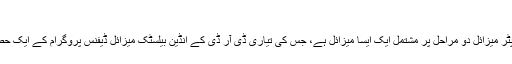
‘‘
ڈی پی اے کے مطابق یہ نیا انٹرسیپٹر میزائل دو مراحل پر مشتمل ایک ایسا میزائل ہے، جس کی تیاری ڈی آر ڈی کے انڈین بیلسٹک میزائل ڈیفنس پروگرام کے ایک حصے کے طور پر عمل میں آئی ہے۔